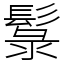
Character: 䰁